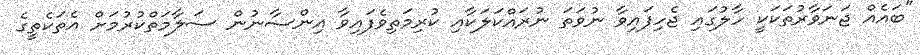
"ބައެއް ޖަނަވާރުތަކަކީ ހާލުގައި ޖެހިފައިވާ ނުވަތަ ނުރައްކަލަކާއި ކުރިމަތިވެފައިވާ އިންސާނުން ސަލާމަތްކުރުމަށް އެތަކެތީގެ